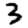
Digit: 3